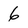
Character: 6